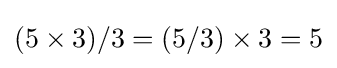
(5\times 3)/3=(5/3)\times 3=5